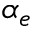
\alpha _ { e }